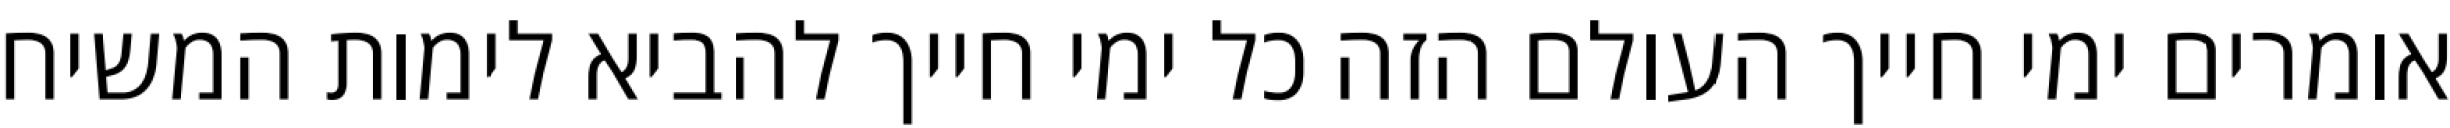
אומרים ימי חייך העולם הזה כל ימי חייך להביא לימות המשיח